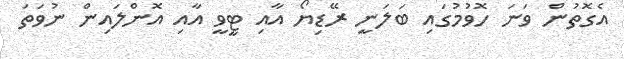
އެގޮތުން ވަނަ ހޮވުމުގައި ބަލަނީ ރޭޑިޔޯ އާއި ޓީވީ އާއި އޮންލައިން ނުވަތަ